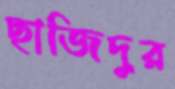
ছাজিদুর